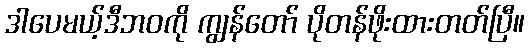
ဒါပေမယ့်ဒီဘဝကို ကျွန်တော် ပိုတန်ဖိုးထားတတ်ပြီ။